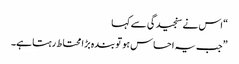
“ اس نے سنجیدگی سے کہا
”جب یہ احساس ہو تو بندہ بڑا محتاط رہتا ہے۔